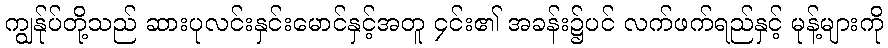
ကျွန်ုပ်တို့သည် ဆားပုလင်းနှင်းမောင်နှင့်အတူ ၄င်း၏ အခန်း၌ပင် လက်ဖက်ရည်နှင့် မုန့်များကို